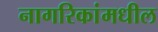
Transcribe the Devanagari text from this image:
नागरिकांमधील